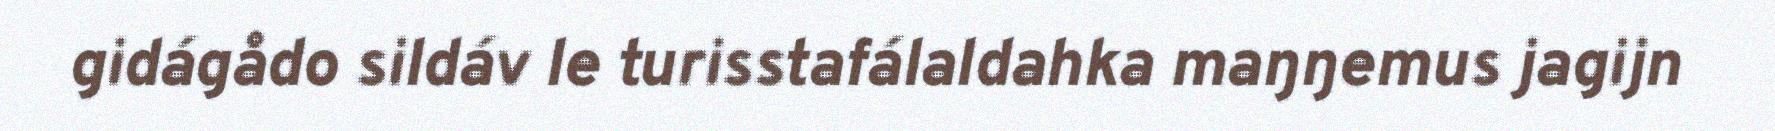
gidágådo sildáv le turisstafálaldahka maŋŋemus jagijn